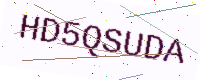
Text: HD5QSUDA